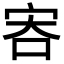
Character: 𡧶